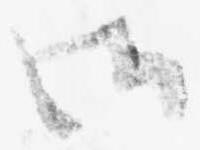
御